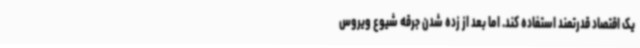
یک اقتصاد قدرتمند استفاده کند. اما بعد از زده شدن جرقه شیوع ویروس